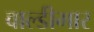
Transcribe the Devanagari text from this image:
वाल्डीमार